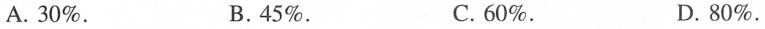
A. 30%. B.45%. C. 60%. D. 80%.